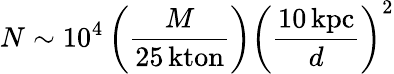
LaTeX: N\sim 10^{4}\left({\frac{M}{25\, \mathrm{kton}}}\right)\left({\frac{10\, \mathrm{kpc}}{d}}\right)^{2}